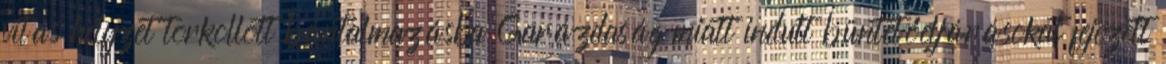
vitás helyzet torkollott bántalmazásba Garázdaság miatt indult büntetőeljárásokat fejezett